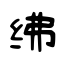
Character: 绋